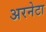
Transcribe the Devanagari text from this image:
अरनेटा